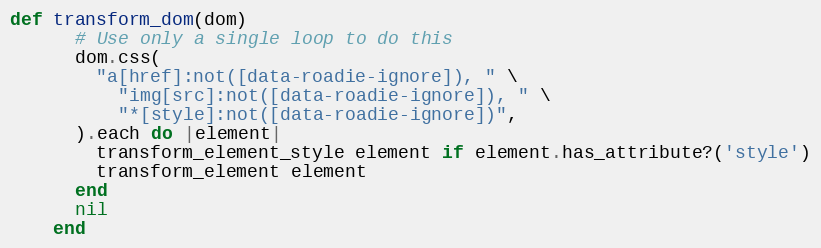
Language: Ruby
def transform_dom(dom)
      # Use only a single loop to do this
      dom.css(
        "a[href]:not([data-roadie-ignore]), " \
          "img[src]:not([data-roadie-ignore]), " \
          "*[style]:not([data-roadie-ignore])",
      ).each do |element|
        transform_element_style element if element.has_attribute?('style')
        transform_element element
      end
      nil
    end